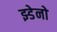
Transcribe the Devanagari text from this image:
झ्डेनो